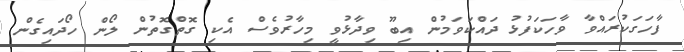
ފާހަގަކުރައްވާ ވާހަކަފުޅު ދައްކަވަމުން އިބޫ ވިދާޅުވީ މިހާރުވެސް އެކި ގޮތްގޮތުން ލޯން ހޯދައިގެން